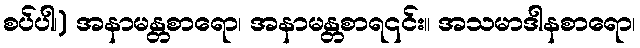
စပ်ပါ၊) အနာမန္တစာရော၊ အနာမန္တစာရ၎င်း။ အသမာဒါနစာရော၊